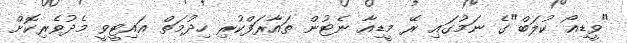
"ވީޑިއޯ ކުލަބް"ގެ ނަމުގައި ރޭ މީޑިއާ ނެޓުން ތައާރަފްކުރި ހިދުމަތް އައިޓީވީ މެދުވެރިކޮށް